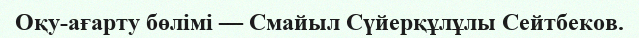
Оқу-ағарту бөлімі — Смайыл Сүйерқұлұлы Сейтбеков.